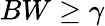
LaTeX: BW\geq\gamma